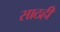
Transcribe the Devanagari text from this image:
साठही